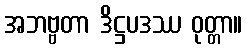
အဘဗ္ဗတာ ဒိဋ္ဌပဒဿ ဝုတ္တာ။